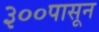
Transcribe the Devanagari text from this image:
३००पासून